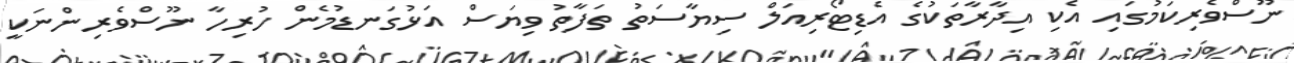
ނޫސްވެރިކަމުގައި އެކި އިދާރާތަކުގެ އެޑިޓޯރިއަލް ސިޔާސަތު ތަފާތު ވިޔަސް އަޅުގަނޑުމެން ހުރިހާ ނޫސްވެރިންނަކީ